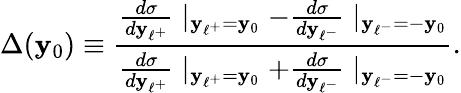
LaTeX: \Delta(\mathbf{y}_{0})\equiv{\frac{{{\frac{{d{\sigma}}}{{d\mathbf{y}_{\ell^{+}}}}}\mid_{\mathbf{y}_{\ell^{+}}=\mathbf{y}_{0}}-{\frac{{d{\sigma}}}{{d\mathbf{y}_{\ell^{-}}}}}\mid_{\mathbf{y}_{\ell^{-}}=-\mathbf{y}_{0}}}}{{{\frac{{d{\sigma}}}{{d\mathbf{y}_{\ell^{+}}}}}\mid_{\mathbf{y}_{\ell^{+}}=\mathbf{y}_{0}}+{\frac{{d{\sigma}}}{{d\mathbf{y}_{\ell^{-}}}}}\mid_{\mathbf{y}_{\ell^{-}}=-\mathbf{y}_{0}}}}}.